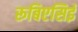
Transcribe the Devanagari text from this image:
रूबिएसिई